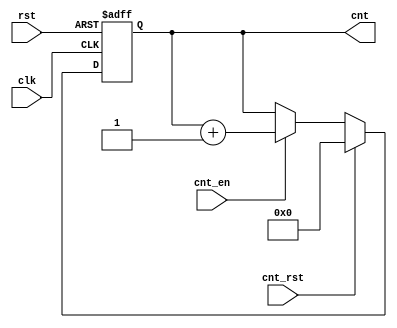
module NBitCounter #(parameter N = 8) (input clk, rst, cnt_en, cnt_rst, output reg [N-1:0] cnt);
    always @(posedge clk or negedge rst) begin
        if (~rst)
            cnt <= {N{1'b0}};
        else if (cnt_rst)
            cnt <= {N{1'b0}};
        else if (cnt_en)
            cnt <= cnt + {1'b1};
    end
endmodule